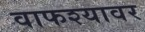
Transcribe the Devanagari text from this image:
वाफश्यावर